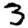
Digit: 3